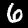
Label: 6